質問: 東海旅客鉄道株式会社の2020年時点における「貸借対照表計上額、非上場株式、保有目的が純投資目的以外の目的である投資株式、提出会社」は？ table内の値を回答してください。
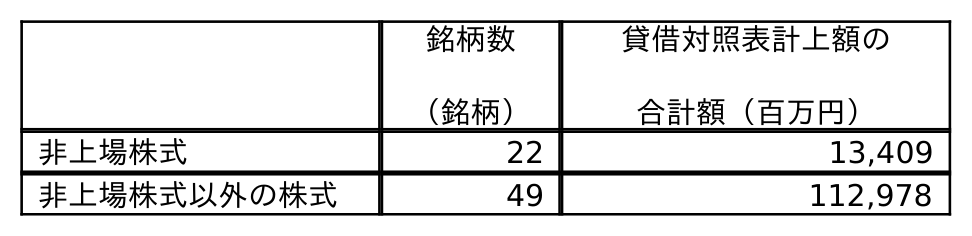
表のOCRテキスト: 銘柄数 （銘柄） 貸借対照表計上額の 合計額（百万円） 非上場株式 22 13,409 非上場株式以外の株式 49 112,978
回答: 13,409